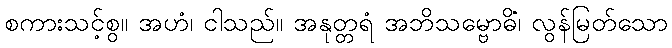
စကားသင့်စွ။ အဟံ၊ ငါသည်။ အနုတ္တရံ အဘိသမ္ဗောဓိံ၊ လွန်မြတ်သော